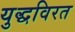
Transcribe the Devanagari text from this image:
युद्धविरत